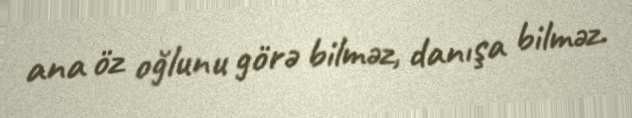
ana öz oğlunu görə bilməz, danışa bilməz.